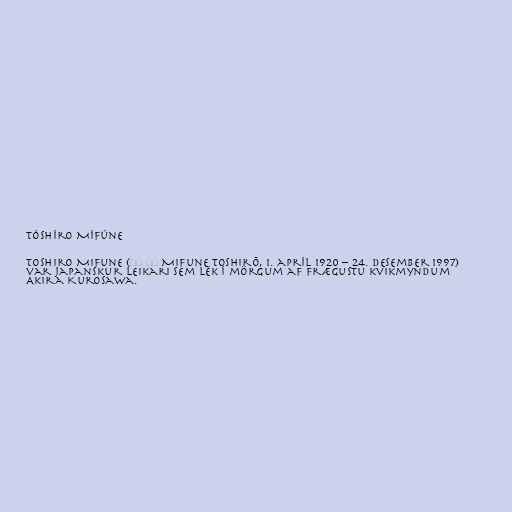
Tóshíro Mífúne

Toshiro Mifune (三船 敏郎 Mifune Toshirō, 1. apríl 1920 – 24. desember 1997)
var japanskur leikari sem lék í mörgum af frægustu kvikmyndum
Akira Kurosawa.